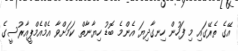
އޭގެ ތެރޭގައި މި ފަހުން ހިނގާދިޔަ އެންމެ ބޮޑު ހިޔާނާތް ކަމަށްވާ އެމްއެމްޕީއާރުސީގެ